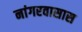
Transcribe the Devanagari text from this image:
नांगरवासास